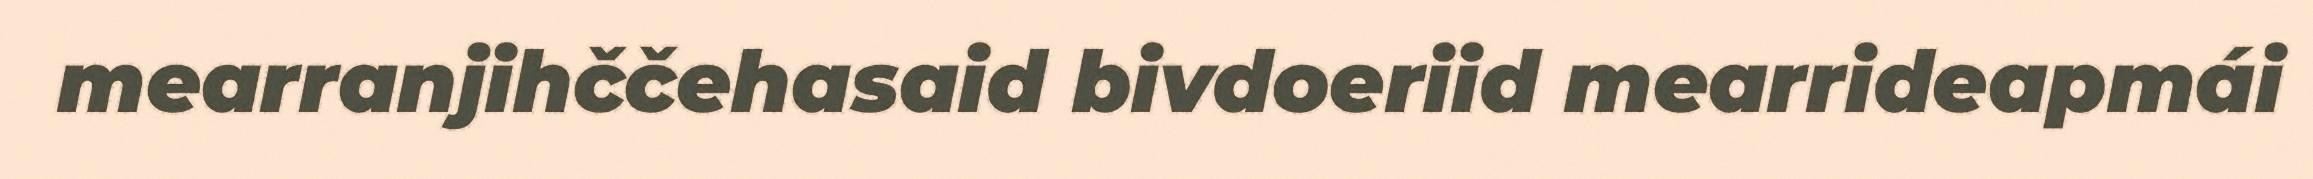
mearranjihččehasaid bivdoeriid mearrideapmái